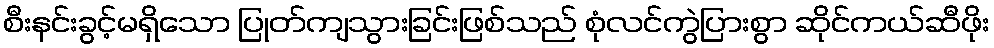
စီးနင်းခွင့်မရှိသော ပြုတ်ကျသွားခြင်းဖြစ်သည် စုံလင်ကွဲပြားစွာ ဆိုင်ကယ်ဆီဖိုး